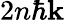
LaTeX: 2n\hbar\mathbf{k}